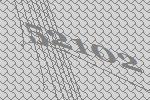
52102